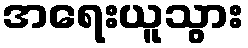
အရေးယူသွား